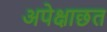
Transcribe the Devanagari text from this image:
अपेक्षाछत